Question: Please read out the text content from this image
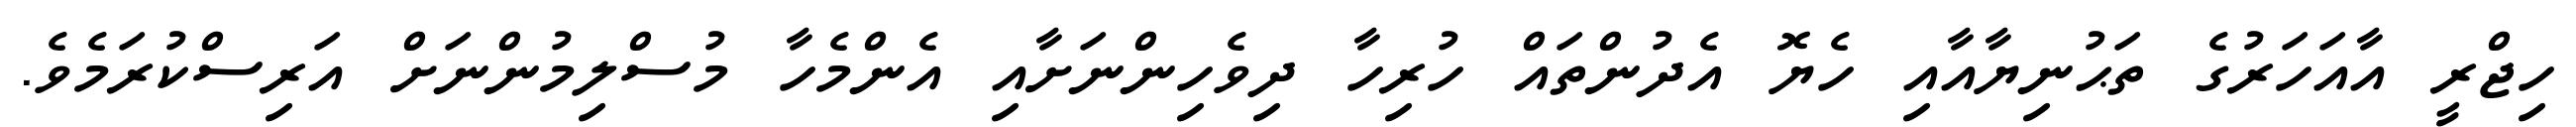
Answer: ހިޖްރީ އާއަހަރުގެ ތަޙުނިޔާއާއި ހެޔޮ އެދުންތައް ހުރިހާ ދިވެހިންނަށާއި އެންމެހާ މުސްލިމުންނަށް އަރިސްކުރަމެވެ.